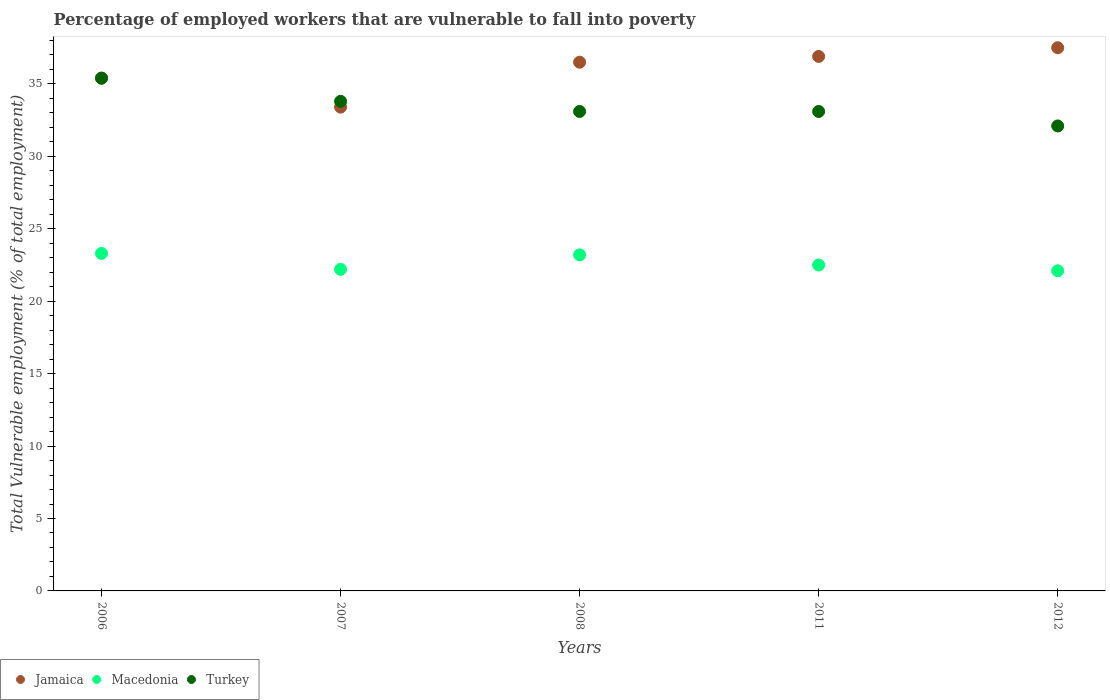
| Years | Jamaica | Macedonia | Turkey |
 | --- | --- | --- | --- |
 | 2006 | 35.4 | 23.3 | 35.4 |
 | 2007 | 33.4 | 22.2 | 33.8 |
 | 2008 | 36.5 | 23.2 | 33.1 |
 | 2011 | 36.9 | 22.5 | 33.1 |
 | 2012 | 37.5 | 22.1 | 32.1 |